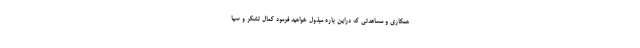
همکاری و مساعدتی که دراین باره مبذول خواهید فرمود کمال تشکر و سپا